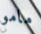
مامو